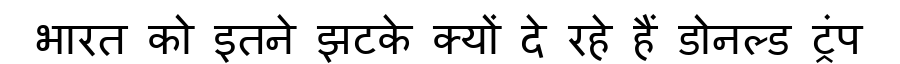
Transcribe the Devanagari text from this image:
भारत को इतने झटके क्यों दे रहे हैं डोनल्ड ट्रंप